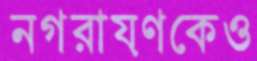
নগরায়ণকেও